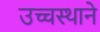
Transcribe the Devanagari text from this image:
उच्चस्थाने